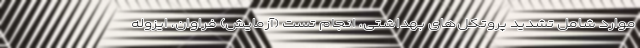
موارد شامل تشدید پروتکل‌های بهداشتی، انجام تست (آزمایش) فراوان، ایزوله